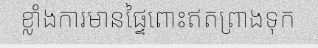
ខ្លាំងការមានផ្ទៃពោះឥតព្រាងទុក